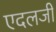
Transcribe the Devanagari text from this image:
एदलजी